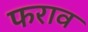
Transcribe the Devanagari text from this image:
फराव